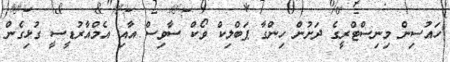
ހައުސިން މިނިސްޓްރީގެ ދަށުން ހިންގާ ޕަބްލިކް ވޯކް ސާވިސް އާއި އެމްއާރުޑީސީ ގުޅިގެން